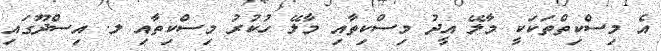
އެ މިސްކިތްތަކަކީ މާލޭ އީދު މިސްކިތާއި މާލޭ ހުކުރު މިސްކިތާއި ލ. އިސްދޫގައި